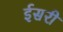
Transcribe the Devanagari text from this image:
ईसरी